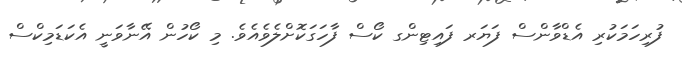
ފުރިހަމަކުރި އެޑްވާންސް ފަޔަރ ފައިޓިންގ ކޯސް ފާހަގަކޮށްލެވެއެވެ. މި ކޯހުން އޭނާވަނީ އެކަޑަމިކްސް